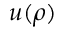
u ( \rho )